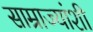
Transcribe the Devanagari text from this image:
साम्राज्यांशी